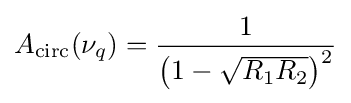
A_{\rm {circ}}(\nu _{q})={\frac {1}{\left(1-{\sqrt {R_{1}R_{2}}}\right)^{2}}}